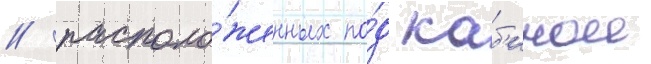
/ располо́женных по́д каб'инои